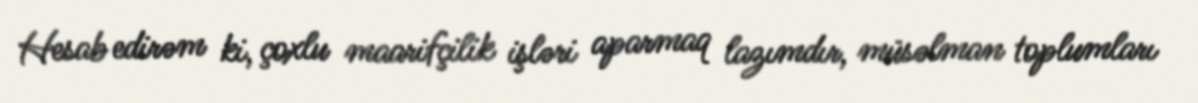
Hesab edirəm ki, çoxlu maarifçilik işləri aparmaq lazımdır, müsəlman toplumları